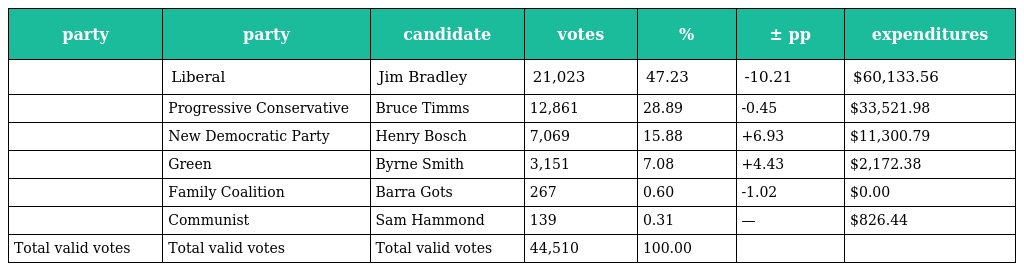
| party | party | candidate | votes | % | ± pp | expenditures |
 | --- | --- | --- | --- | --- | --- | --- |
 |  | Liberal | Jim Bradley | 21,023 | 47.23 | -10.21 | $60,133.56 |
 |  | Progressive Conservative | Bruce Timms | 12,861 | 28.89 | -0.45 | $33,521.98 |
 |  | New Democratic Party | Henry Bosch | 7,069 | 15.88 | +6.93 | $11,300.79 |
 |  | Green | Byrne Smith | 3,151 | 7.08 | +4.43 | $2,172.38 |
 |  | Family Coalition | Barra Gots | 267 | 0.60 | -1.02 | $0.00 |
 |  | Communist | Sam Hammond | 139 | 0.31 | — | $826.44 |
 | Total valid votes | Total valid votes | Total valid votes | 44,510 | 100.00 |  |  |